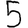
Digit: 5